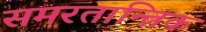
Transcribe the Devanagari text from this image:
समरतान्त्रिक